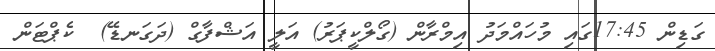
ގަޑިން 17:45ގައި މުހައްމަދު އިމްރާން (ގޯލްކީޕަރު) އަލީ އަޝްފާގް (ދަގަނޑޭ)  ކެޕްޓަން